Report of the Hyderabad Chloroform Commission
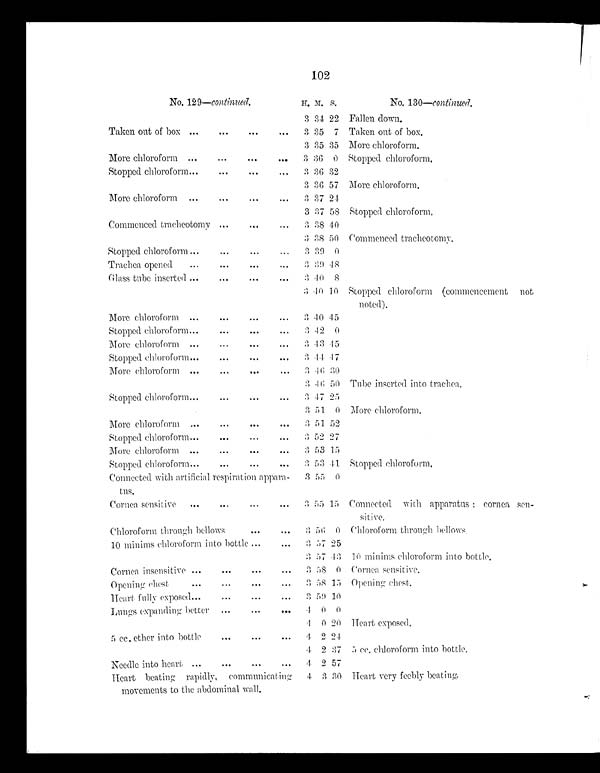
102
No. 129— c o n t i n u e d .
H. M. S.
No. 130—c ont i nue d.
3 34 22 Fallen down.
Taken out of box ...
...
...
...
3 35 7 Taken out of box.
3 35 35 More chloroform.
More chloroform ...
...
...
...
3 36 0 Stopped chloroform.
Stopped chloroform...
...
...
...
3 36 32
3 36 57 More chloroform.
More chloroform ...
...
...
...
3 37 24
3 37 58 Stopped chloroform.
Commenced tracheotomy ...
...
...
3 38 40
3 38 50 Commenced tracheotomy.
Stopped chloroform ...
...
...
...
3 39 0
Trachea opened
...
...
...
...
3 39 48
Glass tube inserted ...
...
...
...
3 40 8
3 40 10 Stopped chloroform (commencement not
noted).
More chloroform ...
...
...
...
3 40 45
Stopped chloroform...
...
...
3 42 0
More chloroform ...
...
...
...
3 43 45
Stopped chloroform...
...
...
... 3 44 47
More chloroform ...
...
...
...
3 46 30
3 46 50 Tube inserted into trachea.
Stopped chloroform...
...
...
... 3 47 25
3 51 0 More chloroform.
More chloroform ...
...
...
...
3 51 52
Stopped chloroform...
...
...
...
3 52 27
More chloroform ...
...
...
...
3 53 15
Stopped chloroform...
...
...
...
3 53 41 Stopped chloroform.
Connected with artificial respiration appara-
tus.
3 55 0
Cornea sensitive
....
...
...
...
3 55 15 Connected with apparatus ; cornea sen-
s i t i ve .
Chloroform through bellows
...
...
3 56 0 Chloroform through bellows
10 minims chloroform into bottle ...
...
3 57 25
3 57 43 10 minims chloroform into bottle.
Cornea insensitive ...
...
.
.
3 58 0 Cornea sensitive.
Opening chest
...
...
..
3 58 15 Opening chest.
Heart fully exposed...
...
...
...
3 59 10
Lungs expanding better
...
...
... 4
0 0
4 0 20 Heart exposed.
5 cc. ether into bottle ... ... ...
4 2 24
4 2 37 5 cc. chloroform into bottle.
Needle into heart ...
...
...
...
4 2 57
Heart beating rapidly, communicating
movements to the abdominal wall.
4 3 30 Heart very feebly beating.